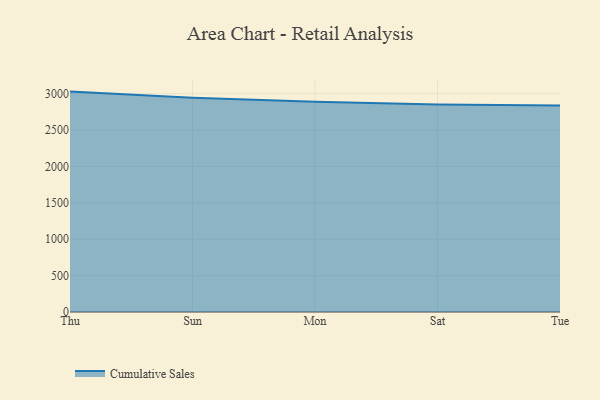
{"axis": {"x": "Day", "y": "Demand Index"}, "legend": ["Cumulative Sales"], "data": [{"x": "Thu", "y": 3028.4, "type": "Cumulative Sales"}, {"x": "Sun", "y": 2942.4, "type": "Cumulative Sales"}, {"x": "Mon", "y": 2887.9, "type": "Cumulative Sales"}, {"x": "Sat", "y": 2850.2, "type": "Cumulative Sales"}, {"x": "Tue", "y": 2838.2, "type": "Cumulative Sales"}]}